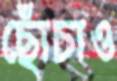
ছোঁচাও